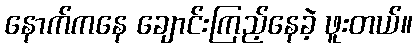
နောက်ကနေ ချောင်းကြည့်နေခဲ့ ဖူးတယ်။